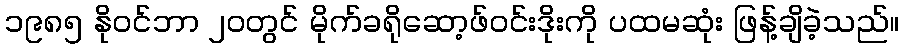
၁၉၈၅ နိုဝင်ဘာ ၂၀တွင် မိုက်ခရိုဆော့ဖ်ဝင်းဒိုးကို ပထမဆုံး ဖြန့်ချိခဲ့သည်။